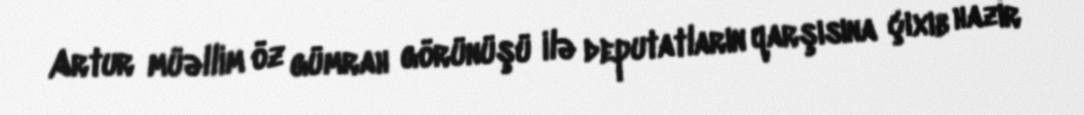
Artur müəllim öz gümrah görünüşü ilə deputatların qarşısına çıxıb hazır